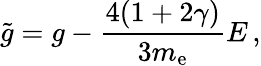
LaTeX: \tilde{g}=g-\frac{4(1+2\gamma)}{3m_{\mathrm{e}}}E\, ,